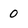
Character: 0